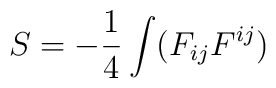
S=-\frac14 \int  (F_{ij}F^{ij})